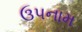
ઉપનામ